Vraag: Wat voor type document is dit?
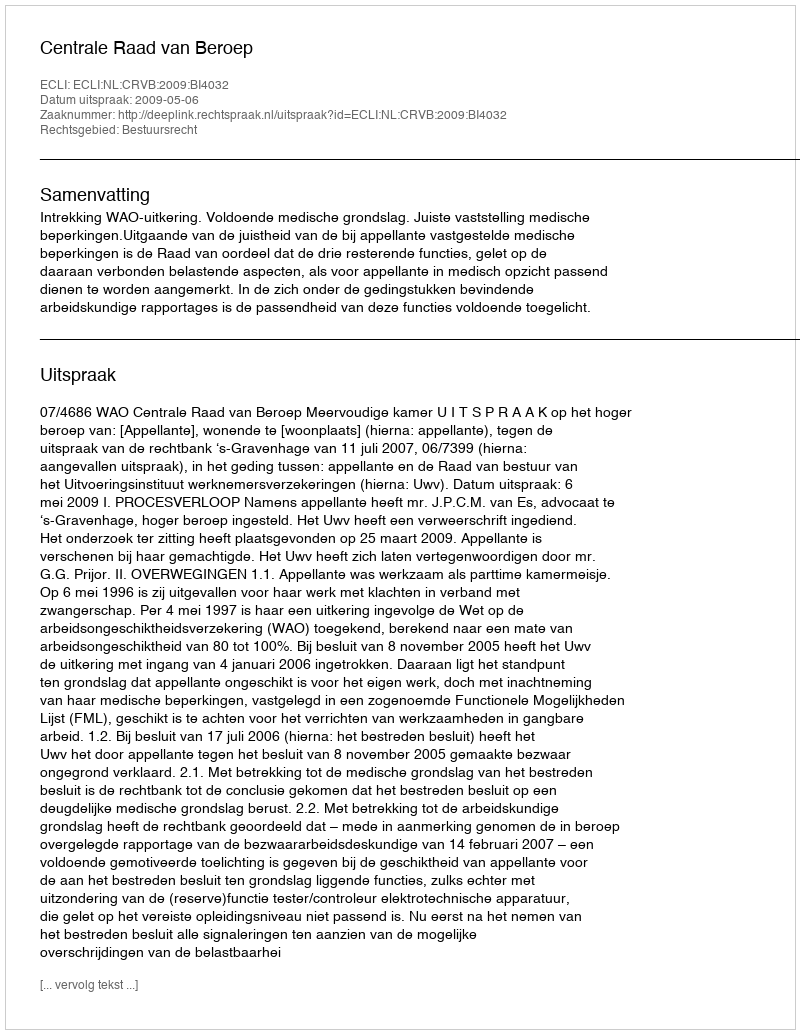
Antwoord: Uitspraak